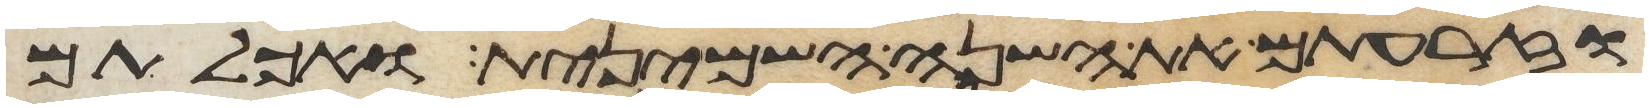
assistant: וזרעתם את השנה השמינית ואכלתם